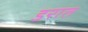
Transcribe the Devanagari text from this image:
डरात